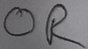
Text: OR